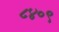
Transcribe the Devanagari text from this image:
८४०९